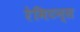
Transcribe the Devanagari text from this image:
रेमिटन्स